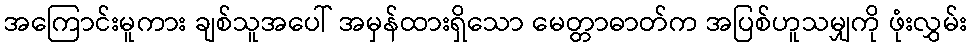
အကြောင်းမူကား ချစ်သူအပေါ် အမှန်ထားရှိသော မေတ္တာဓာတ်က အပြစ်ဟူသမျှကို ဖုံးလွှမ်း